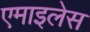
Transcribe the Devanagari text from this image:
एमाइलेस